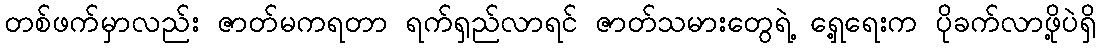
တစ်ဖက်မှာလည်း ဇာတ်မကရတာ ရက်ရှည်လာရင် ဇာတ်သမားတွေရဲ့ ရှေ့ရေးက ပိုခက်လာဖို့ပဲရှိ